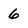
Character: 6